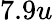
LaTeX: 7.9u